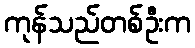
ကုန်သည်တစ်ဦးက